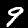
Digit: 9